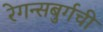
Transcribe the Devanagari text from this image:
रेगन्सबुर्गची